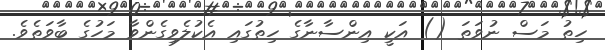
ހިތު މަސް ނުވަތަ () އަކީ އިންސާނާގެ ހިތުގައި އެކުލެވިގެންވާ މަހުގެ ބާވަތެވެ.